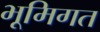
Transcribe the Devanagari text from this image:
भूमिगत